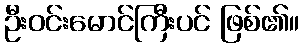
ဦးဝင်းမောင်ကြီးပင် ဖြစ်၏။